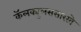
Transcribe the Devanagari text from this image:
कॅलक्युलससारखे